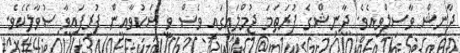
ދާނިޝް ވާސިލްވިއެވެ. ދާނިޝްގެ ފުރަތަމަ ޖުމްލައިގައި ވެސް ވީ ޝަކުވާއިން ފުރިފައިވާ ސުވާލެކެވެ.